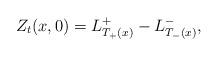
LaTeX: \begin{align*}Z_t(x,0)=L^+_{T_+(x)}-L^-_{T_-(x)},\end{align*}